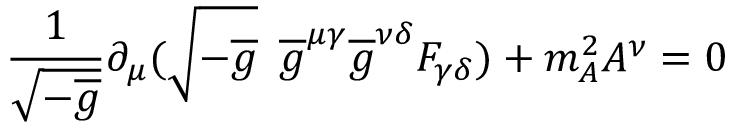
\frac { 1 } { \sqrt { - \overline { { { g } } } } } \partial _ { \mu } ( \sqrt { - \overline { { { g } } } } \enspace \overline { { { g } } } ^ { \mu \gamma } \overline { { { g } } } ^ { \nu \delta } F _ { \gamma \delta } ) + m _ { A } ^ { 2 } A ^ { \nu } = 0